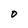
Character: 0